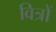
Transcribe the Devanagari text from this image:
वित्रों